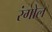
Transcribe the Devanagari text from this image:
रंगोल